Janeda_(Ambla)_vallavalitsus, lk 57
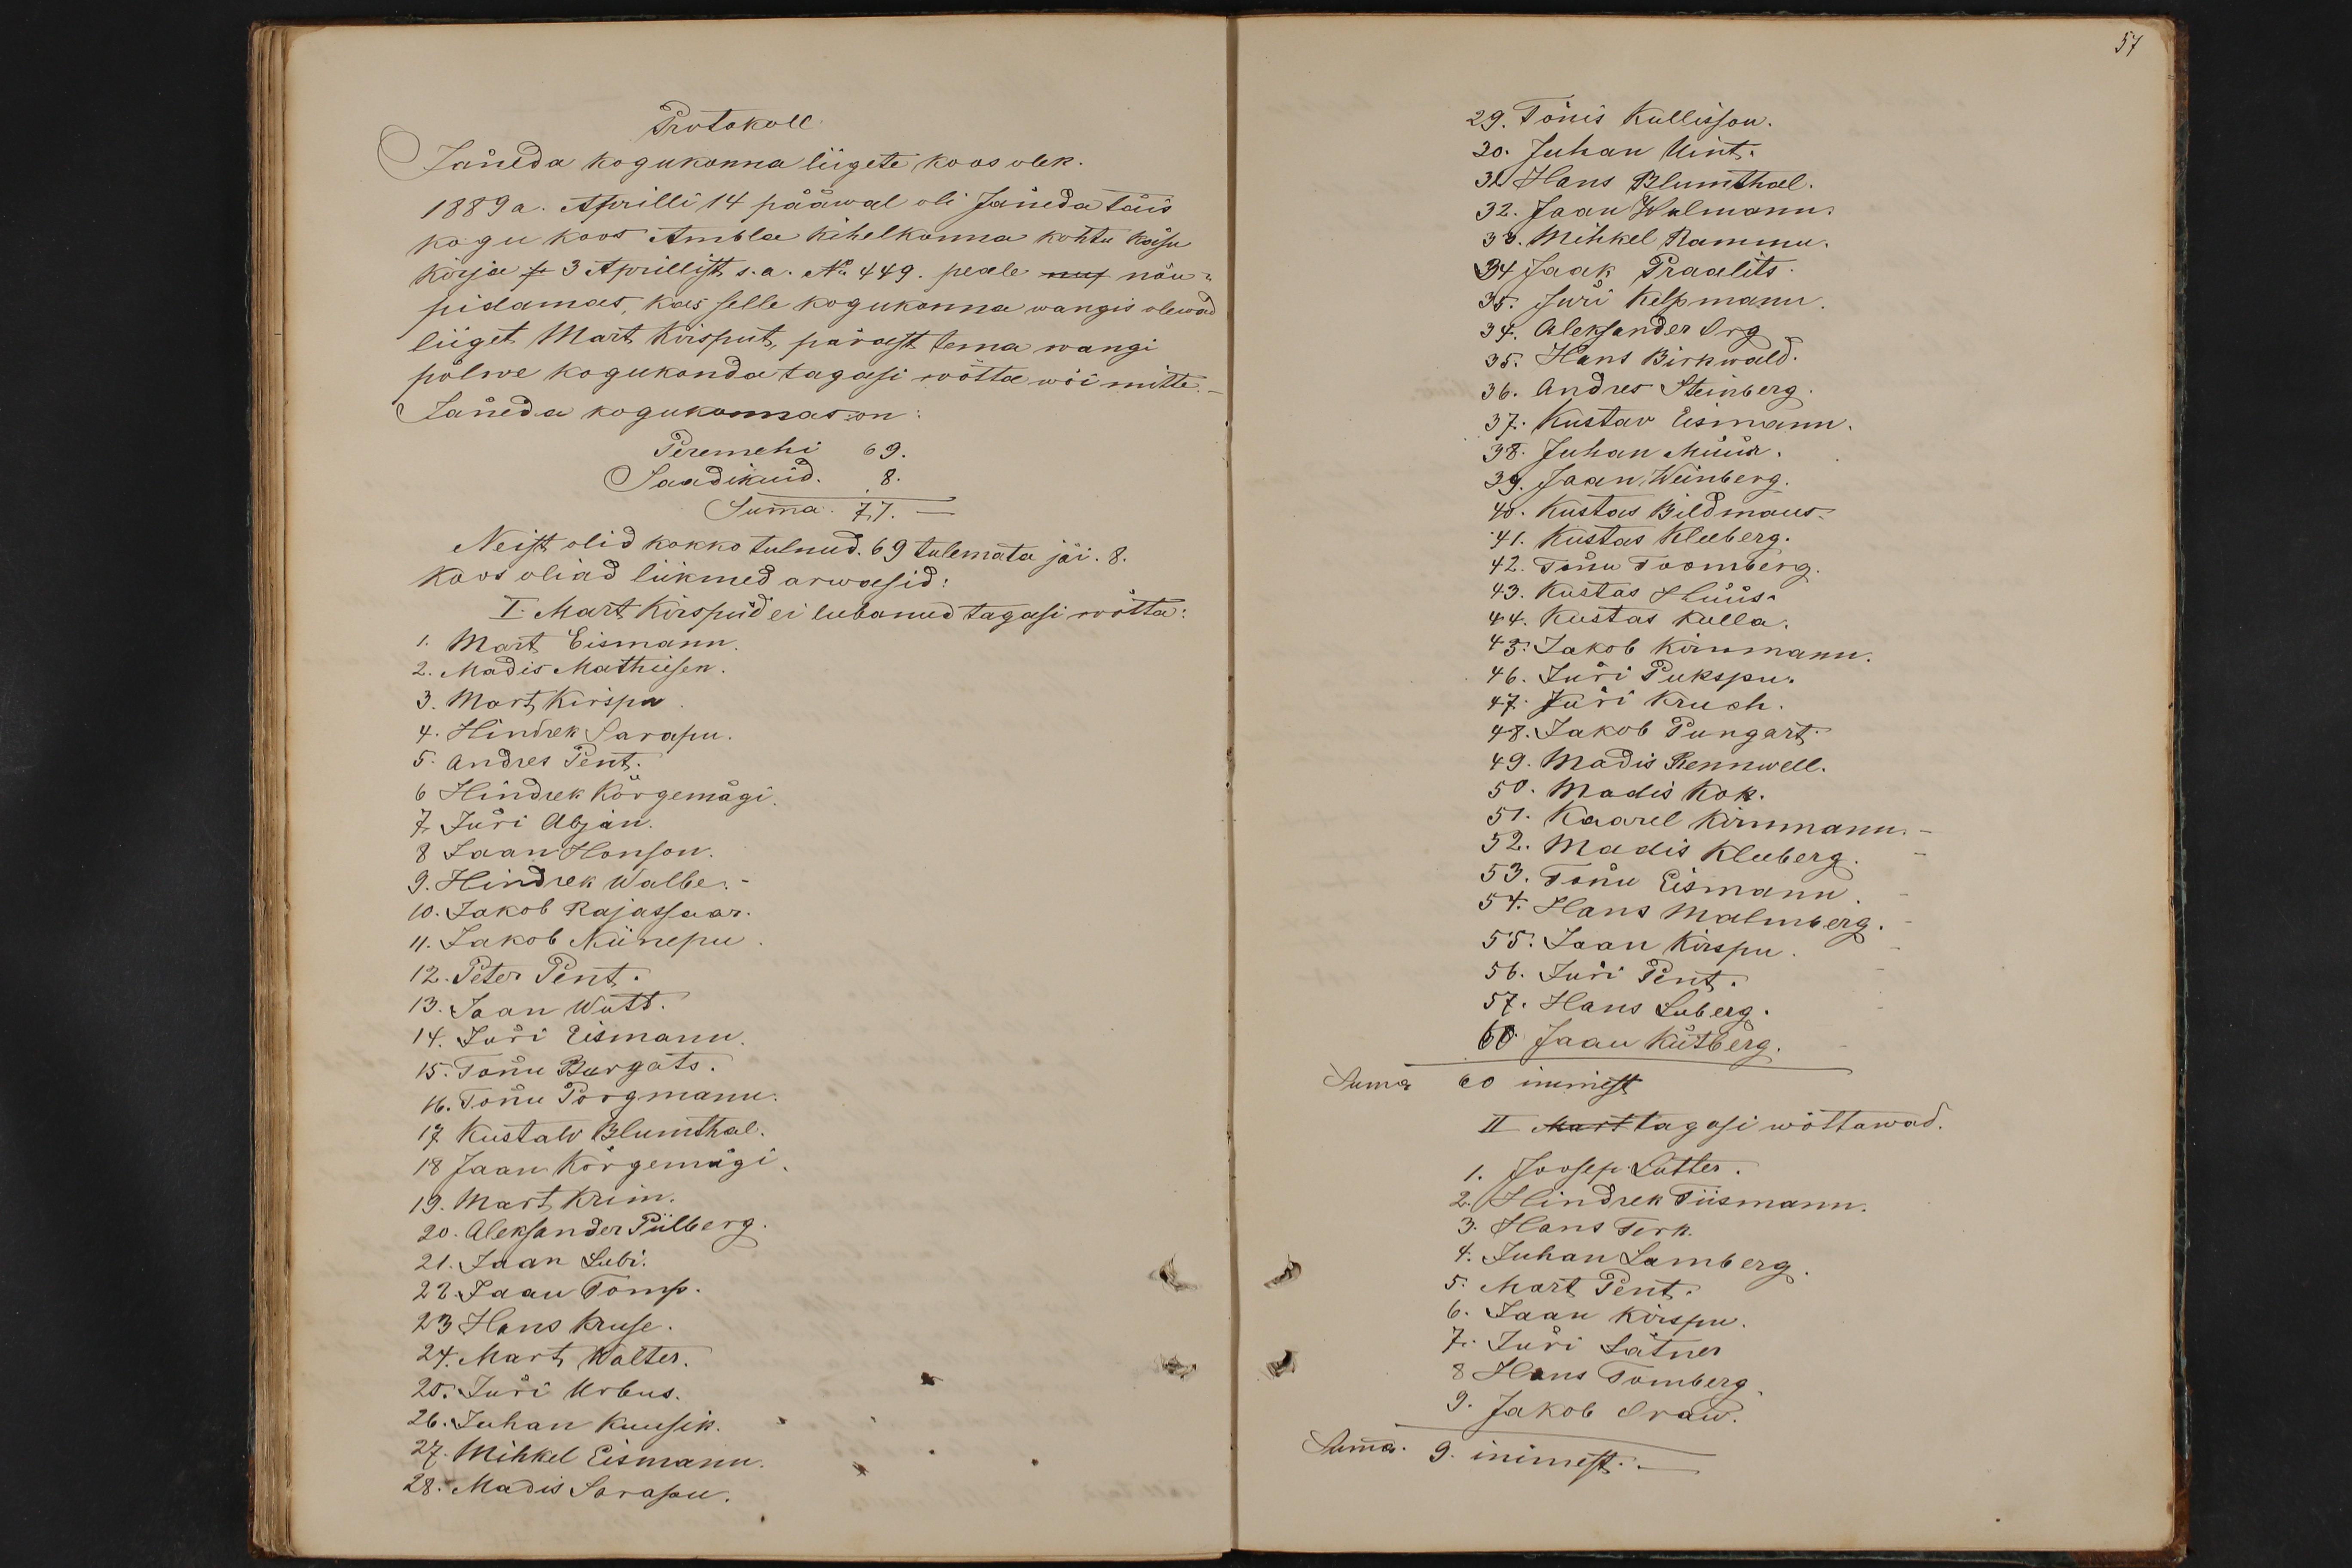
57

Protokoll.
Jäneda kogukonna liigete koos olek.
1889 a. Aprilli 14 pääwal oli Jäneda täis
kogu koos Ambla kihelkonna kohtu käsu
kirja s. 3 Aprillist s. a. No 449. peale nur nõu-
pidamas, kas selle kogukonna wangis olewad
liiget Mart Kirsput, pärast tema wangi
põlwe kogukonda tagasi wõtta wõi mitte.
Jäneda kogukonnas on
Peremehi 69.
Saadikuid 8.
Summa 77.
Neist olid kokko tulnud. 69 tulemata jäi. 8.
Koos oliad liikmed arwasid
I. Mart Kirspud ei lubanud tagasi wõtta:
1. Mart Eismann
2. Madis Mathiesen.
3. Mart Kirspu
4. Hindrek Sarapu.
5. Andres Pent.
6 Hindrek Kõrgemägi
7 Jüri Abjan
8 Jaan Hanson.
9. Hindrek Walbe.
10. Jakob Rajassaar.
11. Jakob Niinepu
12. Peter Pent.
13. Jaan Wutt.
14. Jüri Eismann
15. Tõnu Burgats.
16. Tõnu Porgmann
17 Kustaw Blumthal
18 Jaan Kõrgemägi.
19. Mart Krim.
20. Aleksander Piilberg
21. Jaan Lubi.
22. Jaan Tomp.
23 Hans Kruse.
24. Mart Walter.
25. Jüri Urbus.
26. Juhan Kuusik.
27. Mihkel Eismann
28. Madis Sarapu.

29. Tõnis Kullisson.
30. Juhan Uint.
3. Hans Blumthal.
32. Jaan Walmann.
33. Mihkel Rammu
34 Jaak Praalits.
35. Jüri Kelpmann
34. Aleksander Org
35. Hans Birkwald.
36. Andres Steinberg
37. Kustav Eismann.
38. Juhan Müür.
39. Jaan Weinberg.
48. Kustas Bildmaus.
41. Kustas Kleeberg.
42. Tõnu Toomberg.
43. Kustas Hüüs.
44. Kustas Kulla
45. Jakob Kirnmann.
46. Jüri Pukspu.
47. Jüri Kruch.
48. Jakob Pungart.
49. Madis Rennwell.
50. Madis Kok.
51. Kaarel Kirnmann.
52. Madis Kleeberg
53. Tõnu Eismann
54. Hans Malmberg.
55. Jaan Kirspu
56. Jüri Pent.
57. Hans Luberg.
60. Jaan Kütberg.
Suma 60 inimest
II Mart tagasi wõttawad.
1. Joosep Lutter.
2. Hindrek Tiismann.
3. Hans Terk.
4. Juhan Lamberg
5. Mart Pent.
6. Jaan Kirspu
7. Jüri Jätner.
8 Hans Tamberg
9. Jakob Oraw.
Summa 9. inimest. -